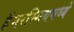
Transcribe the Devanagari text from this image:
हॅमरस्मिथमध्ये